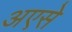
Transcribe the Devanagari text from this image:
अएसे